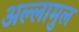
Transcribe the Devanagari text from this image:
अल्लामुल